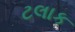
ટલાક